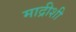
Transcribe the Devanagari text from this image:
माद्रीशी